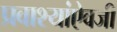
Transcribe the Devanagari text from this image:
प्रवाश्यांऐवजी